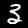
Label: 3